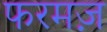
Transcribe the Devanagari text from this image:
फरमज़